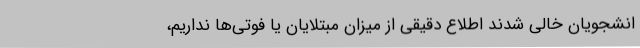
انشجویان خالی شدند اطلاع دقیقی از میزان مبتلایان یا فوتی‌ها نداریم،